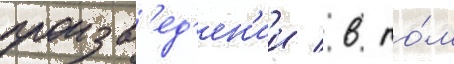
произв'ед'ен'ии / в то́м